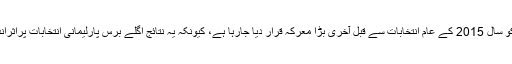
بلدیاتی انتخابات کو سال 2015 کے عام انتخابات سے قبل آخری بڑا معرکہ قرار دیا جارہا ہے، کیونکہ یہ نتائج اگلے برس پارلیمانی انتخابات پراثرانداز ہو سکتے ہیں۔